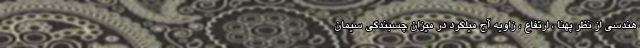
هندسی از نظر پهنا ، ارتفاع ، زاویه آج میلگرد در میزان چسبندگی سیمان